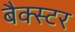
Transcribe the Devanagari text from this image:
बैक्स्टर